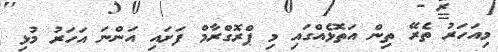
މިއަހަރު ތެރޭ ތިން އަތޮޅެއްގައި މި ޕްރޮގްރާމް ފަށައި އަންނަ އަހަރު މުޅި